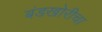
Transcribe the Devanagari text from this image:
बंडखोरीचा